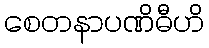
စေတနာပဏိဓီဟိ